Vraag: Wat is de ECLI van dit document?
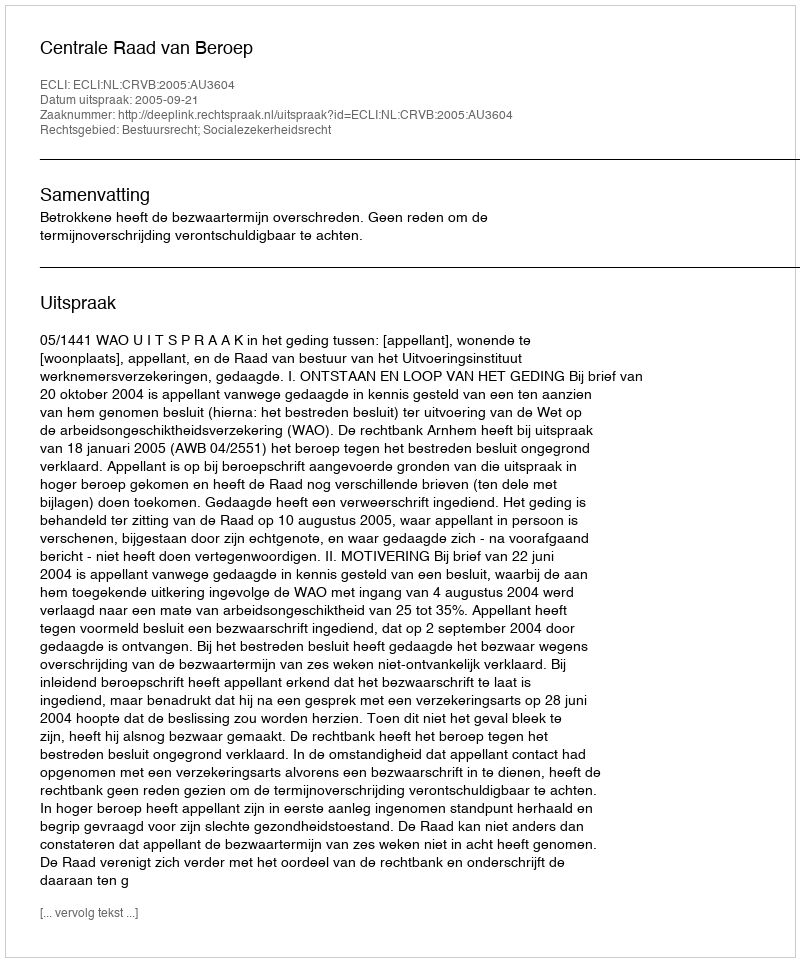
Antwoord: ECLI:NL:CRVB:2005:AU3604